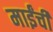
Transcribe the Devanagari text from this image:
माईंची